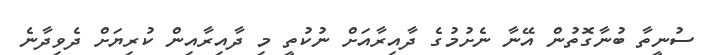
ސުނީތާ ބުނާގޮތުން އޭނާ ނެށުމުގެ ދާއިރާއަށް ނުކުތީ މި ދާއިރާއިން ކުރިޔަށް ދެވިދާނެ